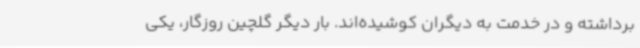
برداشته و در خدمت به دیگران کوشیده‌اند. بار دیگر گلچین روزگار، یکی